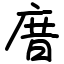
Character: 庴